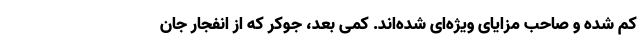
کم شده و صاحب مزایای ویژه‌ای شده‌اند. کمی بعد، جوکر که از انفجار جان